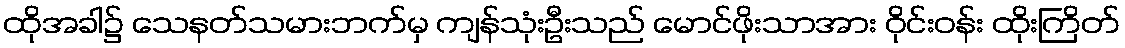
ထိုအခါ၌ သေနတ်သမားဘက်မှ ကျန်သုံးဦးသည် မောင်ဖိုးသာအား ဝိုင်းဝန်း ထိုးကြိတ်